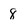
Character: 8